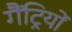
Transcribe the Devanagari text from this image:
गैंट्रियों